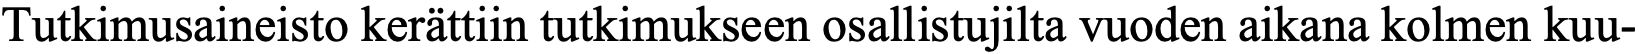
Tutkimusaineisto kerättiin tutkimukseen osallistujilta vuoden aikana kolmen kuu-